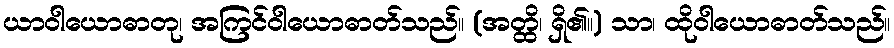
ယာဝါယောဓာတု၊ အကြင်ဝါယောဓာတ်သည်။ (အတ္ထိ၊ ရှိ၏။) သာ၊ ထိုဝါယောဓာတ်သည်။